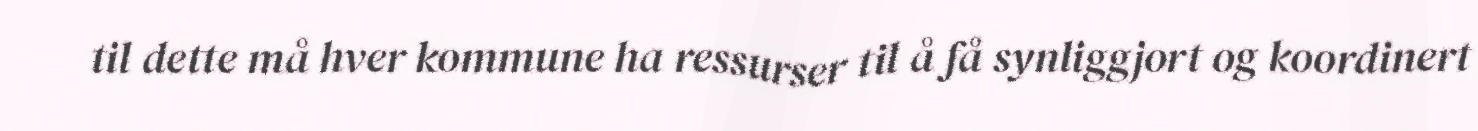
til dette må hver kommune ha ressurser til å få synliggjort og koordinert